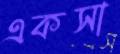
একসা